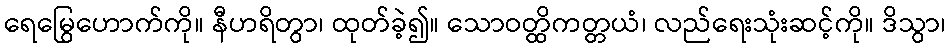
ရေမြွေဟောက်ကို။ နီဟရိတွာ၊ ထုတ်ခဲ့၍။ သောဝတ္ထိကတ္တယံ၊ လည်ရေးသုံးဆင့်ကို။ ဒိသွာ၊